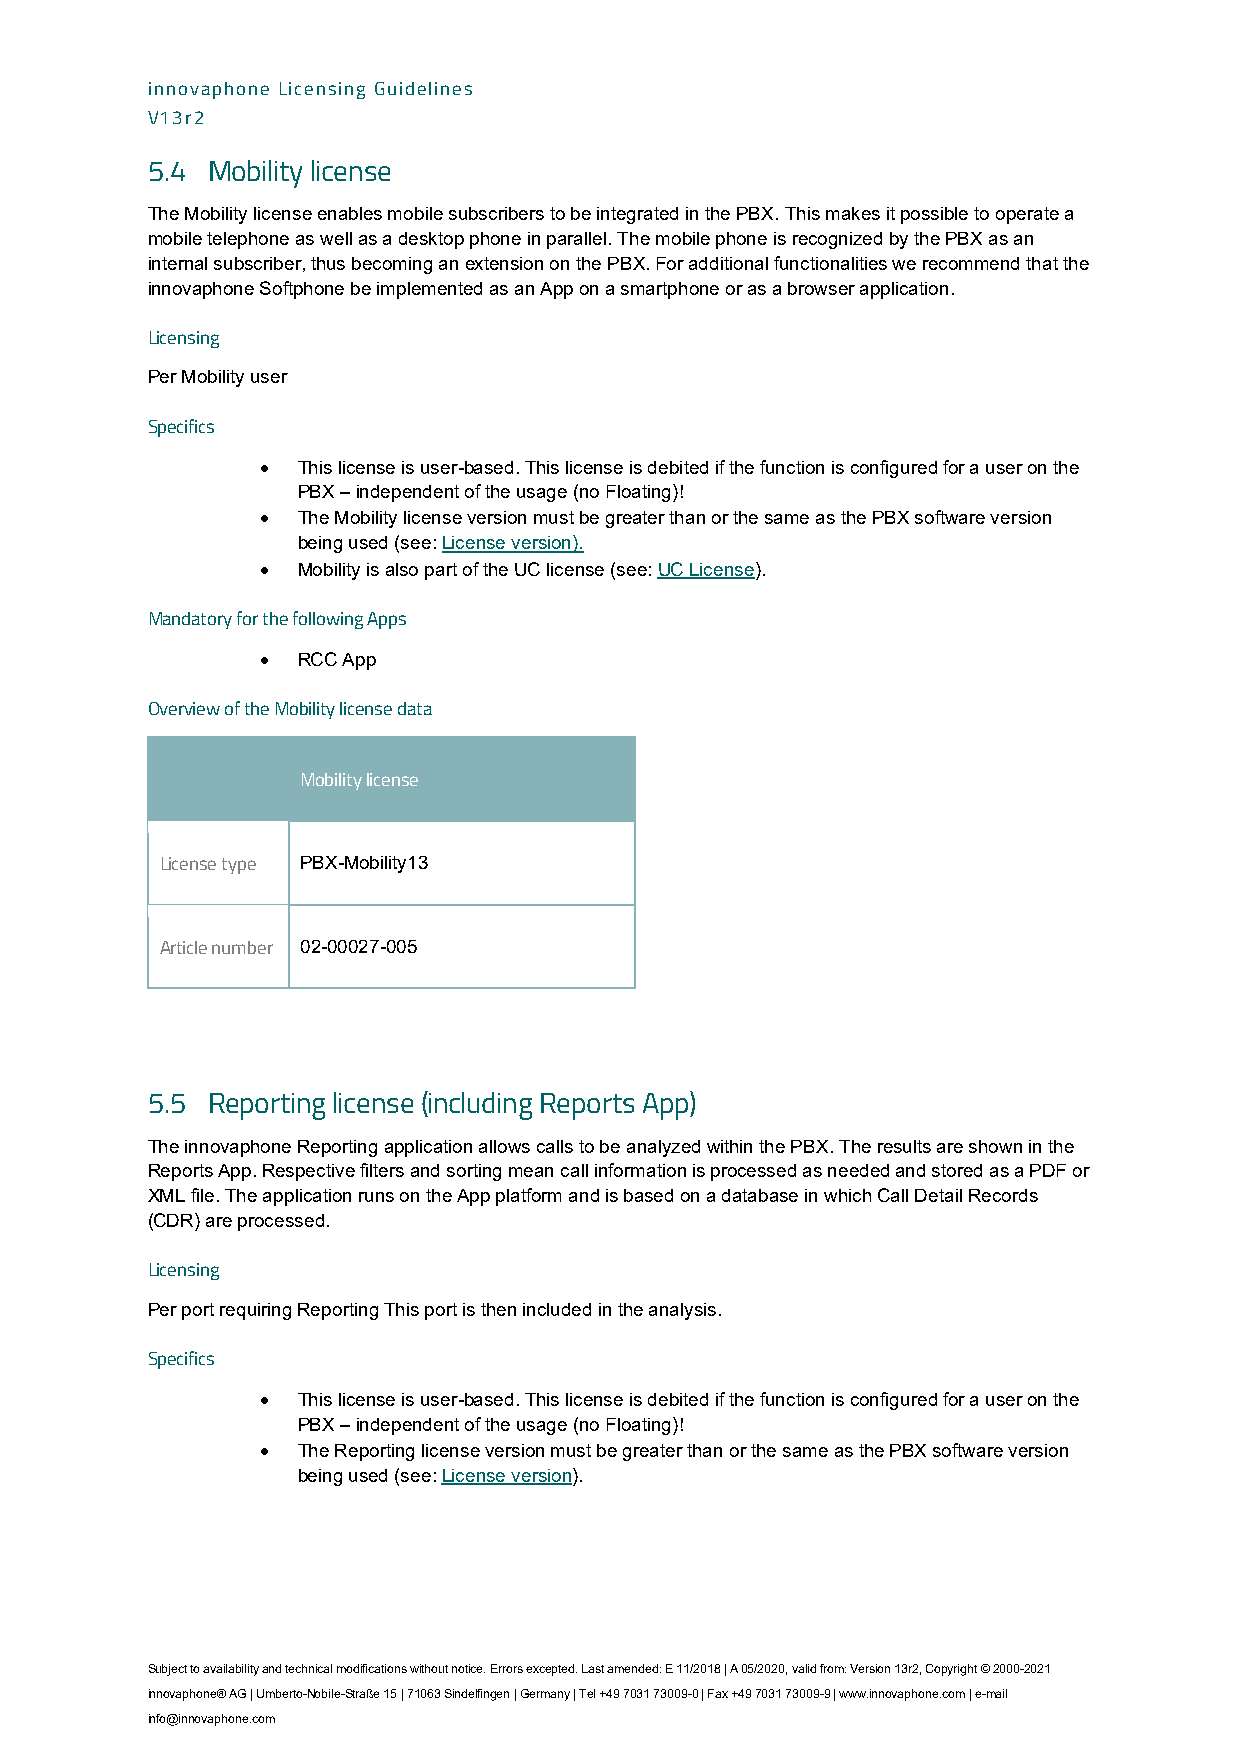
innovaphone Licensing Guidelines
 V13r2
 5.4 Mobility license
 The Mobility license enables mobile subscribers to be integrated in the PBX. This makes it possible to operate a
 mobile telephone as well as a desktop phone in parallel. The mobile phone is recognized by the PBX as an
 internal subscriber, thus becoming an extension on the PBX. For additional functionalities we recommend that the
 innovaphone Softphone be implemented as an App on a smartphone or as a browser application.
 Licensing
 Per Mobility user
 Specifics
 •  This license is user-based. This license is debited if the function is configured for a user on the
 PBX – independent of the usage (no Floating)!
 •  The Mobility license version must be greater than or the same as the PBX software version
 being used (see: License version).
 •  Mobility is also part of the UC license (see: UC License).
 Mandatory for the following Apps
 •  RCC App
 Overview of the Mobility license data
 Mobility license
 License type PBX-Mobility13
 Article number 02-00027-005
 5.5 Reporting license (including Reports App)
 The innovaphone Reporting application allows calls to be analyzed within the PBX. The results are shown in the
 Reports App. Respective filters and sorting mean call information is processed as needed and stored as a PDF or
 XML file. The application runs on the App platform and is based on a database in which Call Detail Records
 (CDR) are processed.
 Licensing
 Per port requiring Reporting This port is then included in the analysis.
 Specifics
 •  This license is user-based. This license is debited if the function is configured for a user on the
 PBX – independent of the usage (no Floating)!
 •  The Reporting license version must be greater than or the same as the PBX software version
 being used (see: License version).
 Subject to availability and technical modifications without notice. Errors excepted. Last amended: E 11/2018 | A 05/2020, valid from: Version 13r2, Copyright © 2000-2021
 innovaphone® AG | Umberto-Nobile-Straße 15 | 71063 Sindelfingen | Germany | Tel +49 7031 73009-0 | Fax +49 7031 73009-9 | www.innovaphone.com | e-mail
 info@innovaphone.com